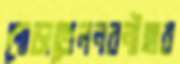
পোড়াতেলনবনীহার